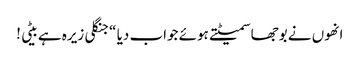
انھوں نے بوجھا سمیٹتے ہوئے جواب دیا “جنگلی زیرہ ہے بیٹی !